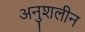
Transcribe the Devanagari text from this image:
अनुशलीन